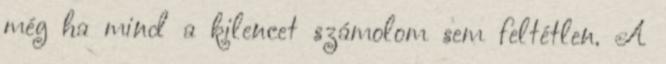
még ha mind a kilencet számolom sem feltétlen. A